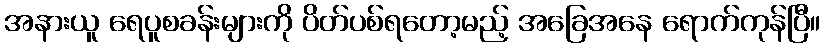
အနားယူ ရေပူစခန်းများကို ပိတ်ပစ်ရတော့မည့် အခြေအနေ ရောက်ကုန်ပြီ။